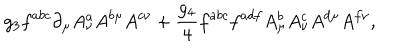
g _ { 3 } f ^ { a b c } \partial _ { \mu } A _ { \nu } ^ { a } A ^ { b \mu } A ^ { c \nu } + { \frac { g _ { 4 } } { 4 } } f ^ { a b c } f ^ { a d f } A _ { \mu } ^ { b } A _ { \nu } ^ { c } A ^ { d \mu } A ^ { f \nu } ,